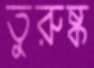
তুরুষ্ক